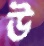
উ